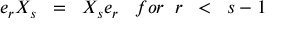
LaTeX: e _ { r } X _ { s } \; \; = \; \; X _ { s } e _ { r } \; \; \; f o r \; \; r \; \; < \; \; s - 1